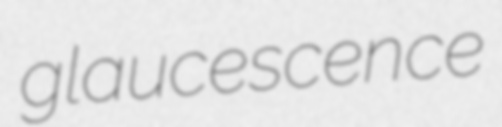
glaucescence